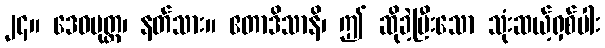
၂၄။ ဒေဝပုတ္တ၊ နတ်သား။ ဧတာဒိသာနိ၊ ဤ ဆိုခဲ့ပြီးသော သုံးဆယ့်ရှစ်ပါး